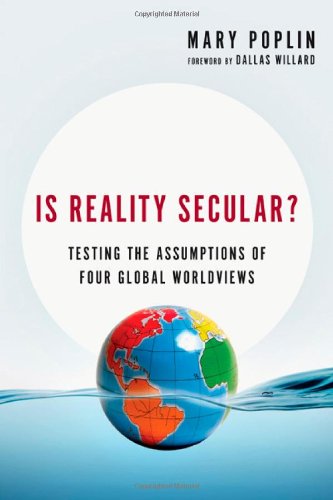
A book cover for Is Reality Secular?: Testing the Assumptions of Four Global Worldviews; Mary Poplin; Politics & Social Sciences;